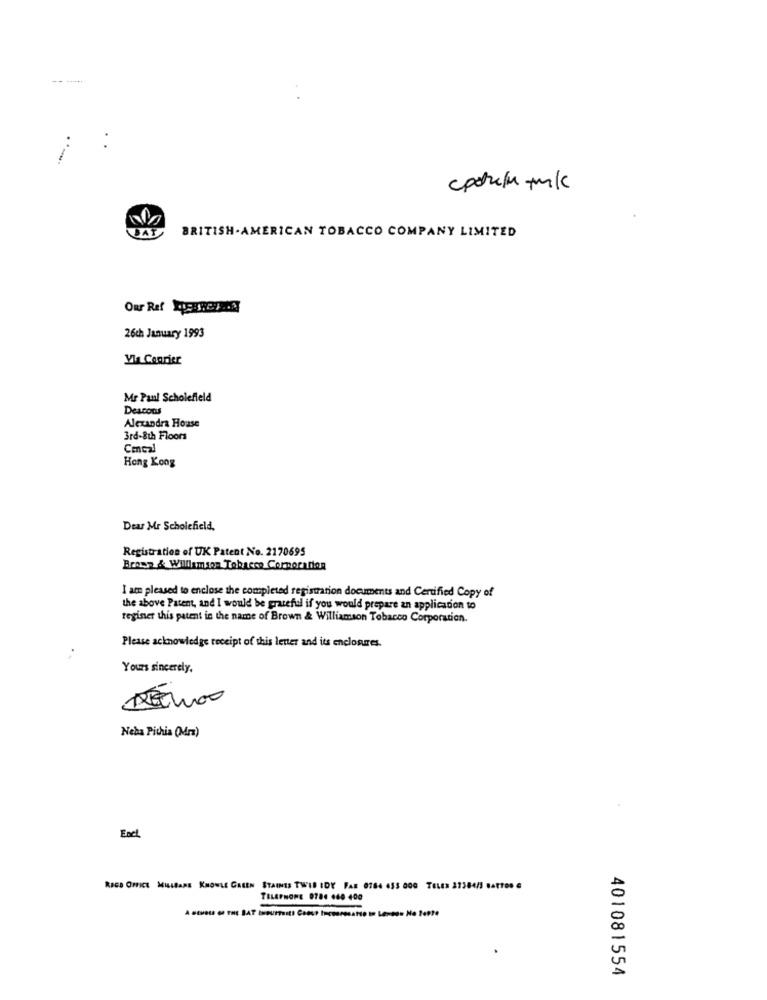
----**
BAT
BRITISH- AMERICAN TOBACCO COMPANY LIMITED
Our Raf 453:27-9
26ch January 1993
Via Courier
Mr Paul Scholefield
Deacons
Alexandra House
3rd-8th Floors
Concal
Hong Kong
Dear Mr Scholefield.
Registration of UK Patent No. 2170695
Brown & Williamso Tobacco Corporation
I am pleased to enclose the completed registration documents and Certified Copy of
the above Patent, and I would be grateful if you would prepare an application to
teginer this patent in the name of Brown & Williamson Tobacco Corporation.
Please acknowledge receipt of this letter and its enclosures.
Yours sincerely,
Neba Pithia (Mm)
Ench
RIGS OFFICE MILLBARE KNOWLE GREEN STAINES TWID IDY FAB 0164 453 000 TELEN 27384/1 Battos e
TELEPHONE 0784 460 400
401081554